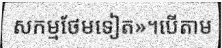
សកម្មថែមទៀត»។បើតាម